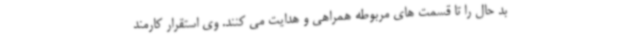
بد حال را تا قسمت های مربوطه همراهی و هدایت می کنند. وی استقرار کارمند